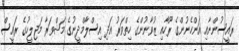
ރައީސުންނާއި އަންހެނުންގެ ރޫހާއި ޒުވާނުންގެ ހިތްވަރު އަދި އިސްލާމްދީނުގެ މަޝްވަރާ މަޖިލީހުގެ ރައީސް